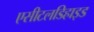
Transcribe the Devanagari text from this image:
एसीटलडिहाइड